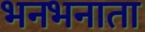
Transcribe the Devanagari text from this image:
भनभनाता